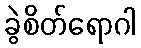
ခွဲစိတ်ရောဂါ